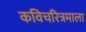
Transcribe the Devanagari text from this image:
कविचरित्रमाला